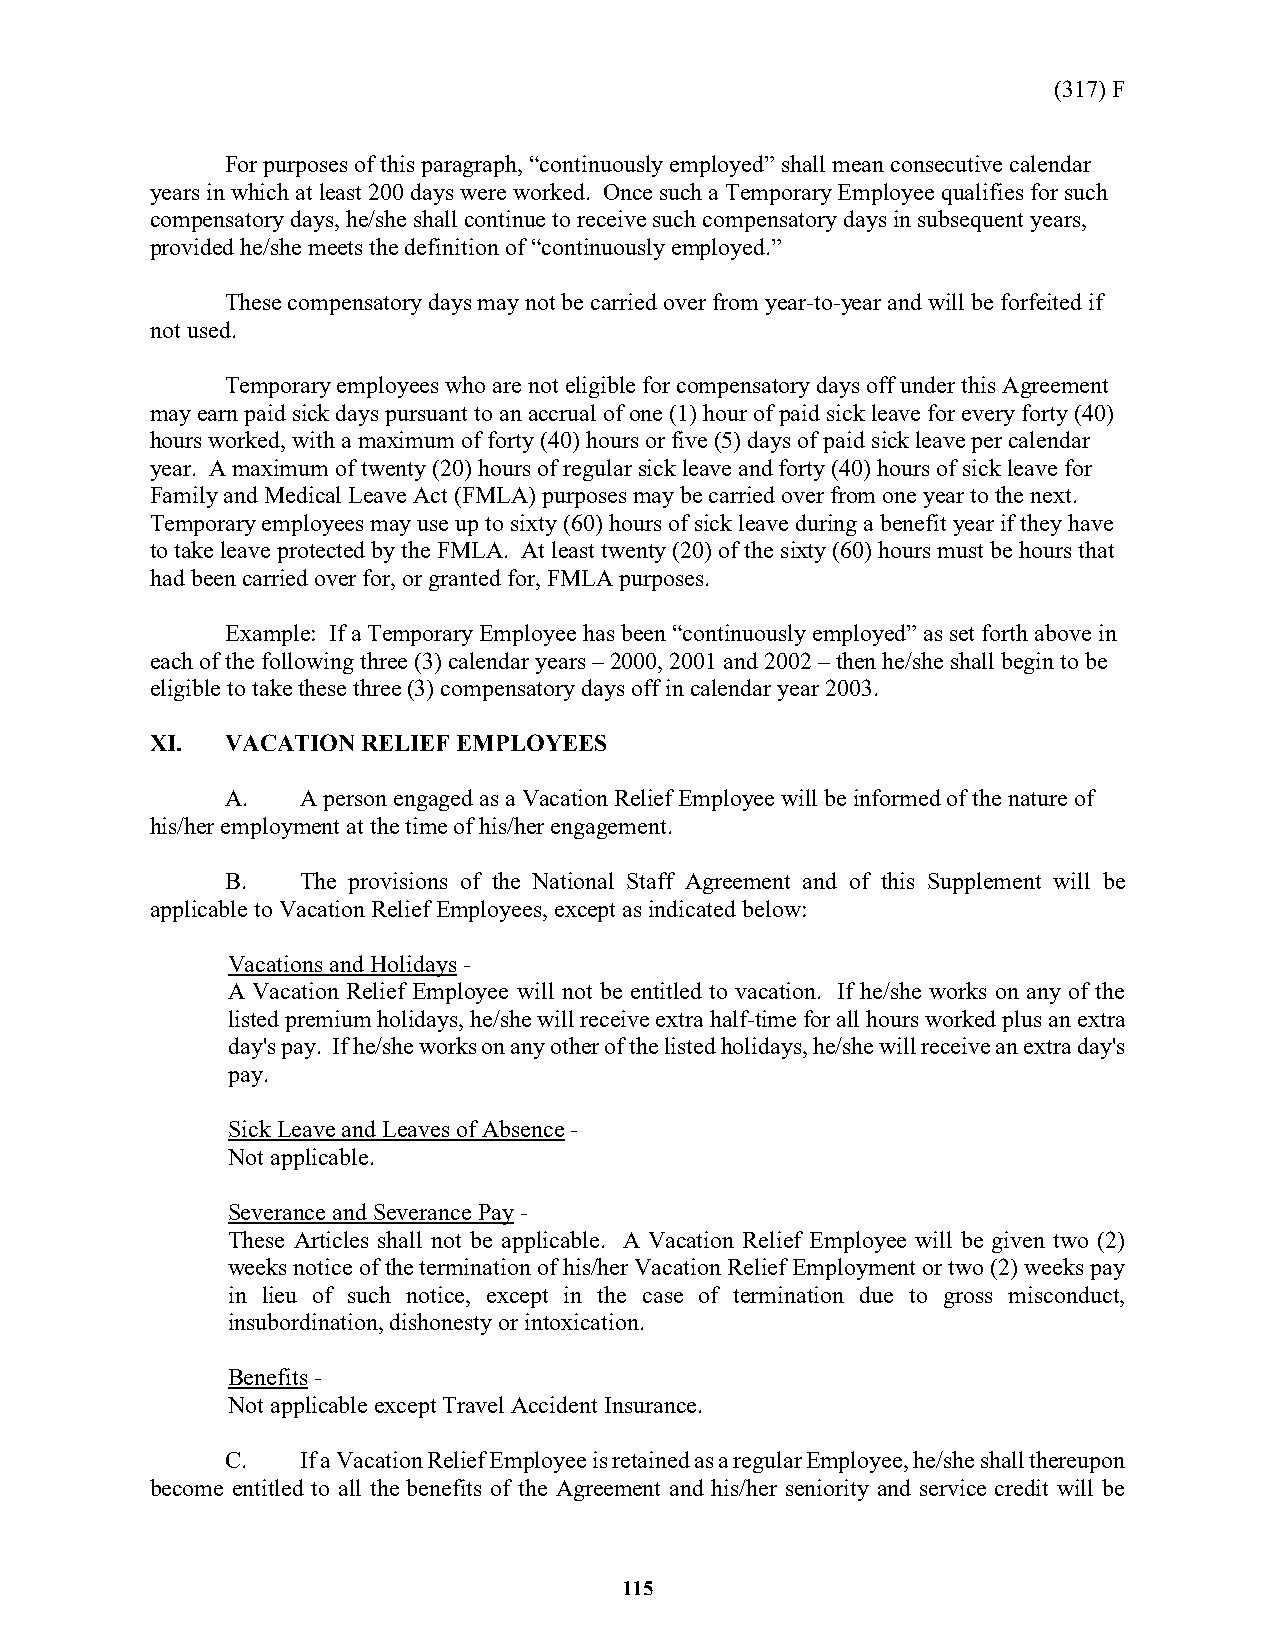
(317) F
 For purposes of this paragraph, “continuously employed” shall mean consecutive calendar
 years in which at least 200 days were worked. Once such a Temporary Employee qualifies for such
 compensatory days, he/she shall continue to receive such compensatory days in subsequent years,
 provided he/she meets the definition of “continuously employed.”
 These compensatory days may not be carried over from year-to-year and will be forfeited if
 not used.
 Temporary employees who are not eligible for compensatory days off under this Agreement
 may earn paid sick days pursuant to an accrual of one (1) hour of paid sick leave for every forty (40)
 hours worked, with a maximum of forty (40) hours or five (5) days of paid sick leave per calendar
 year. A maximum of twenty (20) hours of regular sick leave and forty (40) hours of sick leave for
 Family and Medical Leave Act (FMLA) purposes may be carried over from one year to the next.
 Temporary employees may use up to sixty (60) hours of sick leave during a benefit year if they have
 to take leave protected by the FMLA. At least twenty (20) of the sixty (60) hours must be hours that
 had been carried over for, or granted for, FMLA purposes.
 Example: If a Temporary Employee has been “continuously employed” as set forth above in
 each of the following three (3) calendar years – 2000, 2001 and 2002 – then he/she shall begin to be
 eligible to take these three (3) compensatory days off in calendar year 2003.
 XI.  VACATION RELIEF EMPLOYEES
 A.   A person engaged as a Vacation Relief Employee will be informed of the nature of
 his/her employment at the time of his/her engagement.
 B.   The provisions of the National Staff Agreement and of this Supplement will be
 applicable to Vacation Relief Employees, except as indicated below:
 Vacations and Holidays -
 A Vacation Relief Employee will not be entitled to vacation. If he/she works on any of the
 listed premium holidays, he/she will receive extra half-time for all hours worked plus an extra
 day's pay. If he/she works on any other of the listed holidays, he/she will receive an extra day's
 pay.
 Sick Leave and Leaves of Absence -
 Not applicable.
 Severance and Severance Pay -
 These Articles shall not be applicable. A Vacation Relief Employee will be given two (2)
 weeks notice of the termination of his/her Vacation Relief Employment or two (2) weeks pay
 in lieu of such notice, except in the case of termination due to gross misconduct,
 insubordination, dishonesty or intoxication.
 Benefits -
 Not applicable except Travel Accident Insurance.
 C.   If a Vacation Relief Employee is retained as a regular Employee, he/she shall thereupon
 become entitled to all the benefits of the Agreement and his/her seniority and service credit will be
 115